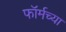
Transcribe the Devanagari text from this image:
फॉर्मच्या